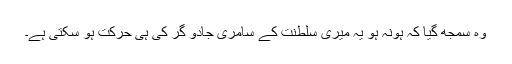
وہ سمجھ گیا کہ ہونہ ہو یہ میری سلطنت کے سامری جادو گر کی ہی حرکت ہو سکتی ہے۔